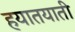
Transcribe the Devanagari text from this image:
हयातयाती